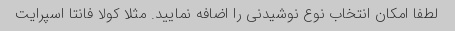
لطفا امکان انتخاب نوع نوشیدنی را اضافه نمایید. مثلا کولا فانتا اسپرایت